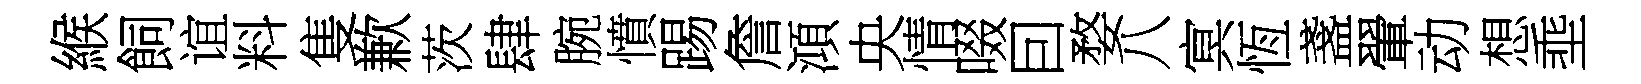
緱飼谊料隻歉茨肆腕憤踢詹澒央情啜囙婺八㝠恆盞翬动想埀